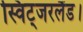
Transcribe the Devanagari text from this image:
स्विट्जरलैंड।